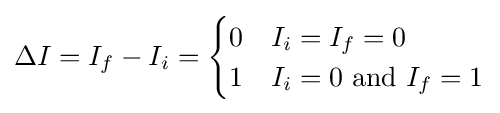
\Delta I=I_{f}-I_{i}={\begin{cases}0&I_{i}=I_{f}=0\\1&I_{i}=0{\text{ and }}I_{f}=1\end{cases}}